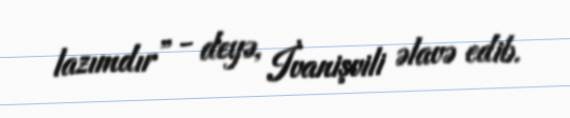
lazımdır” - deyə, İvanişvili əlavə edib.